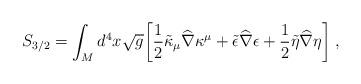
LaTeX: \begin{align*}S_{3/2} = \int_{M} d^{4}x \sqrt{g} \biggr[ {1\over 2}\tilde{\kappa}_{\mu}{\widehat \nabla}\kappa^{\mu} +\tilde{\epsilon}{\widehat \nabla}\epsilon+{1\over 2}\tilde{\eta}{\widehat \nabla} \eta \biggr] \; ,\end{align*}